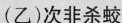
(乙)次非杀蛟